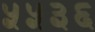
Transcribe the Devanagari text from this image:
५५३६